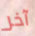
آخر